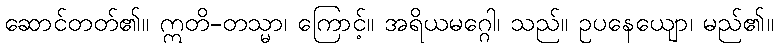
ဆောင်တတ်၏။ ဣတိ-တသ္မာ၊ ကြောင့်။ အရိယမဂ္ဂေါ၊ သည်။ ဥပနေယျော၊ မည်၏။